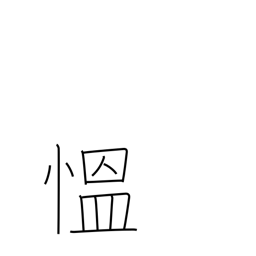
Meaning: be angry (excited)